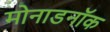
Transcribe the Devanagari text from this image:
मोनाडनॉक